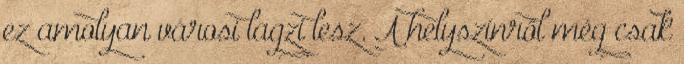
ez amolyan városi lagzi lesz. A helyszínről még csak